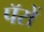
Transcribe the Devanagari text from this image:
पॅरों